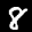
Label: 8